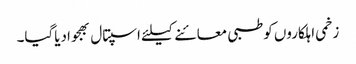
زخمی اہلکاروں کوطبی معائنے کیلئے اسپتال بھجوادیاگیا۔